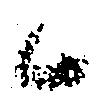
候